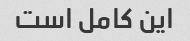
این کامل است